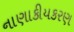
નાણાકીયકરણ